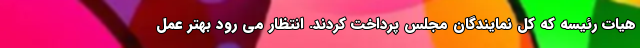
هیات رئیسه که کل نمایندگان مجلس پرداخت کردند. انتظار می رود بهتر عمل